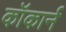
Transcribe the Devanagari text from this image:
कॉकार्न